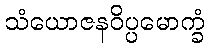
သံယောဇနဝိပ္ပမောက္ခံ